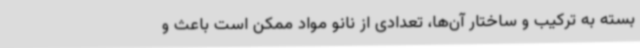
بسته به ترکیب و ساختار آن‌ها، تعدادی از نانو مواد ممکن است باعث و